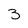
Character: 3